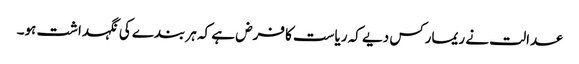
عدالت نے ریمارکس دیے کہ ریاست کا فرض ہے کہ ہر بندے کی نگہداشت ہو۔